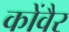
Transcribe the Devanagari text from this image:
कोंवैर